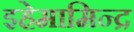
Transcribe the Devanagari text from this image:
इहेमामिन्द्र